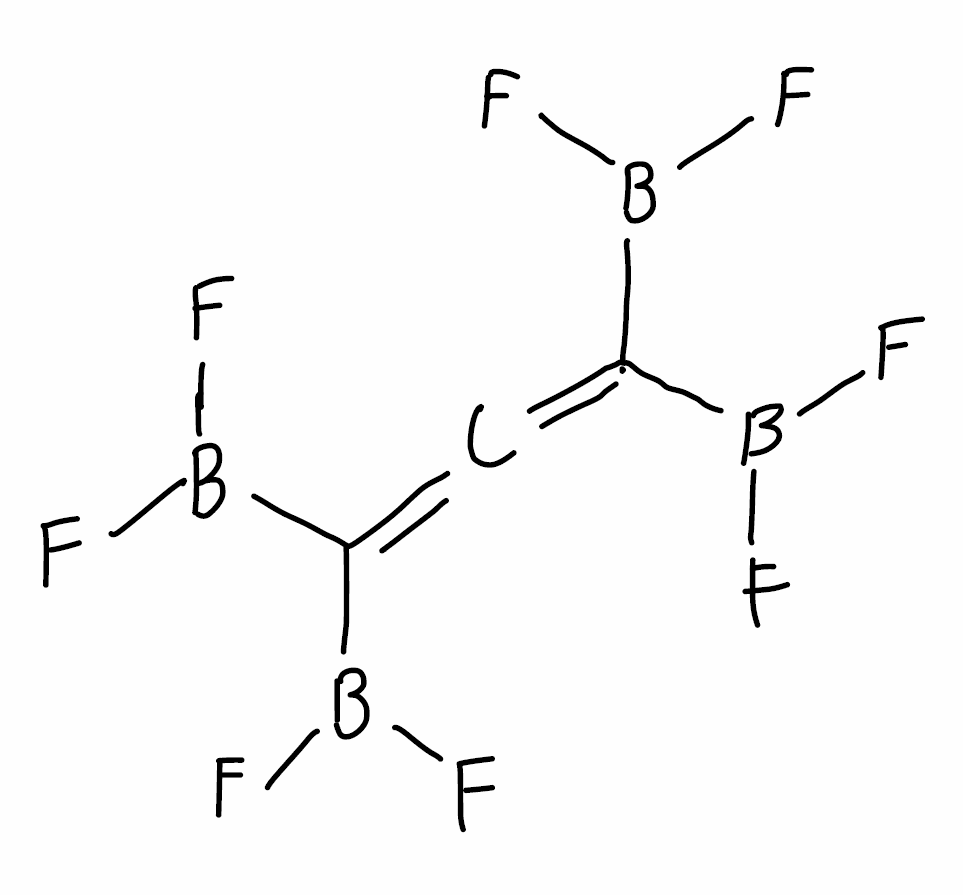
Simplified molecular-input line-entry system (SMILES) notation of the given molecule:
B(C(=C=C(B(F)F)B(F)F)B(F)F)(F)F